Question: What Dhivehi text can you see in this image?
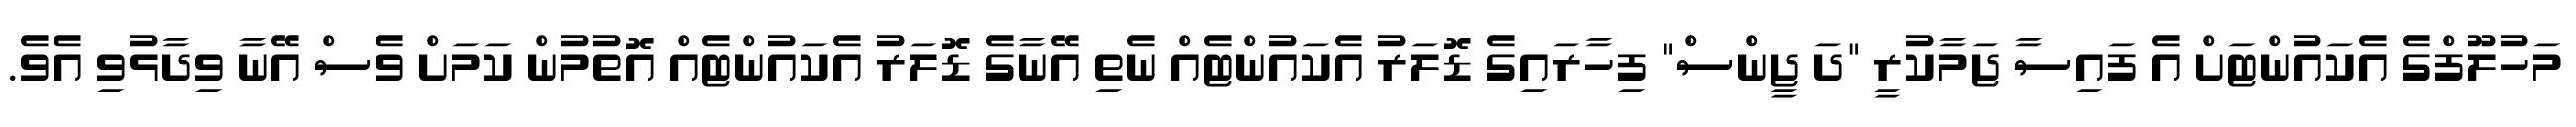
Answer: މަހުލޫފްގެ އެކައުންޓަށް އެ ފައިސާ ޖަމާކުރީ "ދަ ޖީންސް" ފިހާރައިގެ ޑޮލަރު އެކައުންޓެއް ނެތި އޭނާގެ ޑޮލަރު އެކައުންޓެއް އޮތުމުން ކަމަށް ވެސް އޭނާ ވިދާޅުވި އެވެ.